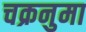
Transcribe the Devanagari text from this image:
चक्रनुमा